Mental hospitals Bombay report 1921-28 - 1921-1928
Year: 1921
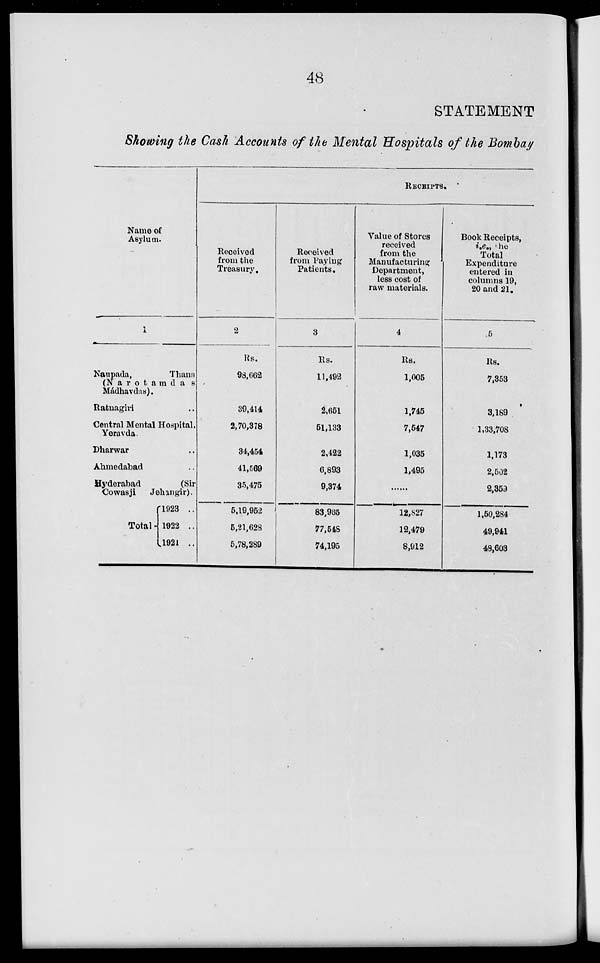
48
STATEMENT
Showing the Cash Accounts of the Mental Hospitals of the Bombay
Name of
Asylum.
1
Naupada,
Thana
(Narotamdas
Mádhavdas).
Ratnagiri ..
Central Mental Hospital,
Yeravda.
Dharwar ..
Ahmedabad ..
Hyderabad
(Sir
Cowasji
Jehangir).
Total
1923
..
1922 ..
1921 ..
RECEIPTS.
Received
from the
Treasury.
2
Rs.
93,662
39,414
2,70,378
34,454
41,569
35,475
5,19,952
5,21,628
5,78,289
Received
from Paying
Patients.
3
Rs.
11,492
2,651
51,133
2,422
6,893
9,374
83,965
77,548
74,195
Value of Stores
received
from the
Manufacturing
Department,
less cost of
raw materials.
4
Rs.
1,005
1,745
7,547
1,035
1,495
......
12,827
12,479
8,912
Book Receipts,
i.e., the
Total
Expenditure
entered in
columns 19,
20 and 21.
5
Rs.
7,353
3,189
1,33,708
1,173
2,502
2,359
1,50,284
49,941
48,603